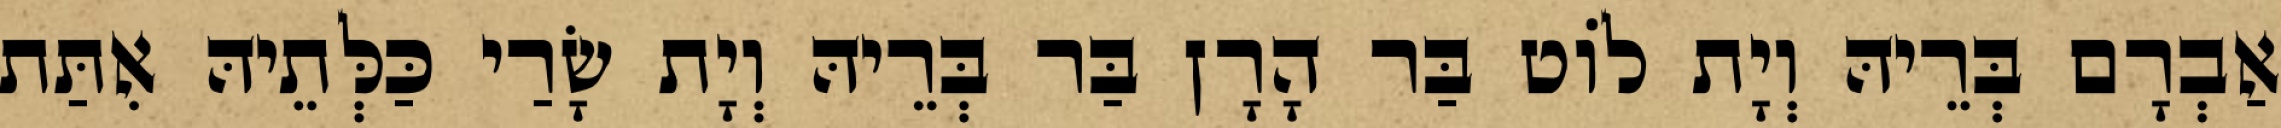
אַבְרָם בְּרֵיהּ וְיָת לוֹט בַּר הָרָן בַּר בְּרֵיהּ וְיָת שָׂרַי כַּלְּתֵיהּ אִתַּת